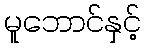
မူဘောင်နှင့်